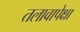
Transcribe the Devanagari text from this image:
तलावापेक्षा